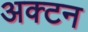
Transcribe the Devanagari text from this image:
अक्टन